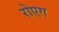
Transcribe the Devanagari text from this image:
रोएग